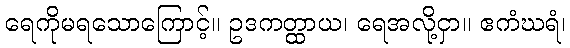
ရေကိုမရသောကြောင့်။ ဥဒကတ္ထာယ၊ ရေအလို့ငှာ။ ဧကံဃရံ၊